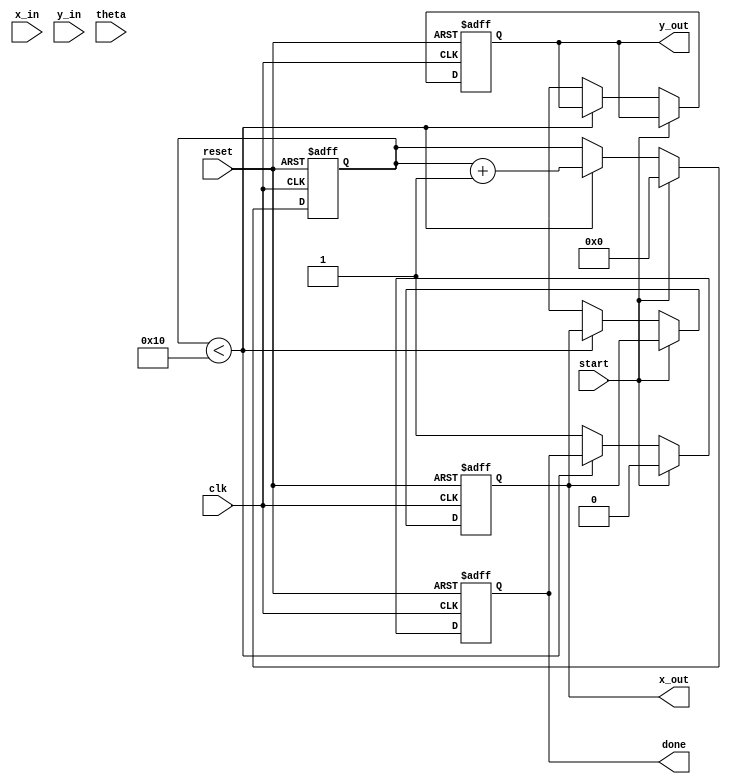
module cordic_rotational (
    input wire clk,
    input wire reset,
    input wire start,
    input wire [15:0] x_in,   // Input X coordinate
    input wire [15:0] y_in,   // Input Y coordinate
    input wire [15:0] theta,   // Input angle in fixed-point representation
    output reg [15:0] x_out,   // Output X coordinate
    output reg [15:0] y_out,   // Output Y coordinate
    output reg done            // Indicates completion of computation
);

    parameter NUM_ITERATIONS = 16; // Number of CORDIC iterations
    reg [15:0] x [0:NUM_ITERATIONS-1]; // X coordinates for each iteration
    reg [15:0] y [0:NUM_ITERATIONS-1]; // Y coordinates for each iteration
    reg [15:0] angle [0:NUM_ITERATIONS-1]; // Rotation angles
    reg [3:0] iteration; // Current iteration index
    reg [15:0] z; // Current angle

    // Precomputed arctangent values for CORDIC
    initial begin
        angle[0] = 16'h26DD; // atan(2^-0)
        angle[1] = 16'h1C71; // atan(2^-1)
        angle[2] = 16'h14AE; // atan(2^-2)
        angle[3] = 16'h0D8E; // atan(2^-3)
        angle[4] = 16'h07A1; // atan(2^-4)
        angle[5] = 16'h03C9; // atan(2^-5)
        angle[6] = 16'h01F2; // atan(2^-6)
        angle[7] = 16'h00FC; // atan(2^-7)
        angle[8] = 16'h007E; // atan(2^-8)
        angle[9] = 16'h003F; // atan(2^-9)
        angle[10] = 16'h001F; // atan(2^-10)
        angle[11] = 16'h000F; // atan(2^-11)
        angle[12] = 16'h0007; // atan(2^-12)
        angle[13] = 16'h0003; // atan(2^-13)
        angle[14] = 16'h0001; // atan(2^-14)
        angle[15] = 16'h0000; // atan(2^-15)
    end

    // CORDIC Iteration Logic
    always @(posedge clk or posedge reset) begin
        if (reset) begin
            iteration <= 0;
            x_out <= 0;
            y_out <= 0;
            done <= 0;
        end else if (start) begin
            // Initialize the first iteration
            x[0] <= x_in;
            y[0] <= y_in;
            z <= theta;
            iteration <= 0;
            done <= 0;
        end else if (iteration < NUM_ITERATIONS) begin
            // Perform the CORDIC rotation
            if (z < 0) begin
                // Rotate clockwise
                x[iteration + 1] <= x[iteration] + (y[iteration] >> iteration);
                y[iteration + 1] <= y[iteration] - (x[iteration] >> iteration);
                z <= z + angle[iteration];
            end else begin
                // Rotate counter-clockwise
                x[iteration + 1] <= x[iteration] - (y[iteration] >> iteration);
                y[iteration + 1] <= y[iteration] + (x[iteration] >> iteration);
                z <= z - angle[iteration];
            end
            iteration <= iteration + 1;
        end else begin
            // Final output after all iterations
            x_out <= x[NUM_ITERATIONS];
            y_out <= y[NUM_ITERATIONS];
            done <= 1;
        end
    end

endmodule